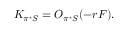
K _ { \pi ^ { * } { \cal S } } = { \cal O } _ { \pi ^ { * } { \cal S } } ( - r F ) .